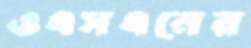
ওএসএনের